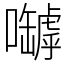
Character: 嚹